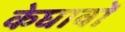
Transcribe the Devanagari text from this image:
केघावों